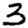
Digit: 3